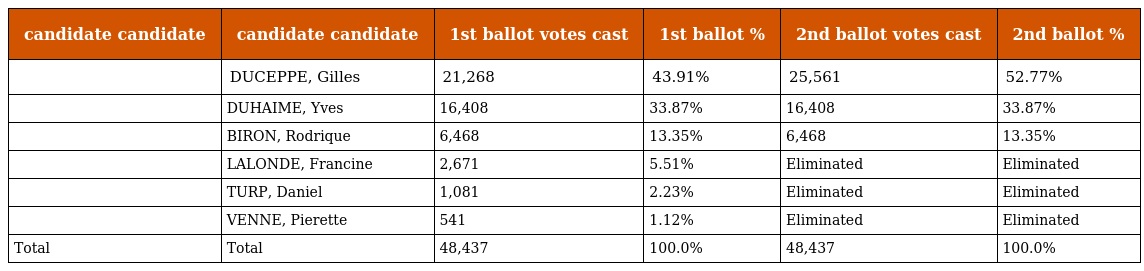
| candidate candidate | candidate candidate | 1st ballot votes cast | 1st ballot % | 2nd ballot votes cast | 2nd ballot % |
 | --- | --- | --- | --- | --- | --- |
 |  | DUCEPPE, Gilles | 21,268 | 43.91% | 25,561 | 52.77% |
 |  | DUHAIME, Yves | 16,408 | 33.87% | 16,408 | 33.87% |
 |  | BIRON, Rodrique | 6,468 | 13.35% | 6,468 | 13.35% |
 |  | LALONDE, Francine | 2,671 | 5.51% | Eliminated | Eliminated |
 |  | TURP, Daniel | 1,081 | 2.23% | Eliminated | Eliminated |
 |  | VENNE, Pierette | 541 | 1.12% | Eliminated | Eliminated |
 | Total | Total | 48,437 | 100.0% | 48,437 | 100.0% |